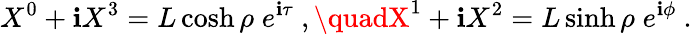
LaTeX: X^{0}+\mathbf{i}X^{3}=L\cosh\rho\; e^{\mathbf{i}\tau}\ ,\quadX^{1}+\mathbf{i}X^{2}=L\sinh\rho\; e^{\mathbf{i}\phi}\ .